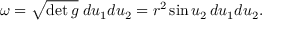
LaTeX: \omega = { \sqrt { \operatorname* { d e t } g } } \; d u _ { 1 } d u _ { 2 } = r ^ { 2 } \sin u _ { 2 } \, d u _ { 1 } d u _ { 2 } .